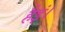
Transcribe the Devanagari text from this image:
हैइं।